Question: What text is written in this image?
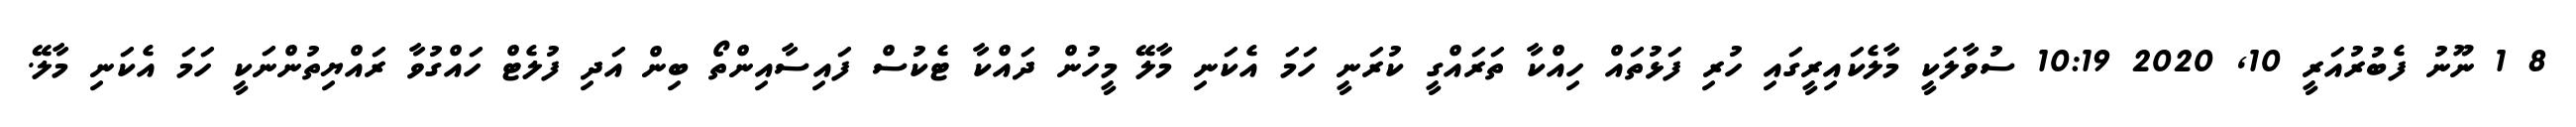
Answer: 8 1 ނޫނު ފެބުރުއަރީ 10, 2020 10:19 ސުވާލަކީ މާލެކައިރީގައި ހުރި ފަޅުތައް ހިއްކާ ތަރައްގީ ކުރަނީ ހަމަ އެކަނި މާލޭ މީހުން ދައްކާ ޓެކުސް ފައިސާއިންތޯ ބިން އަދި ފުލެޓް ހައްގުވާ ރައްޔިތުންނަކީ ހަމަ އެކަނި މާލޭ.